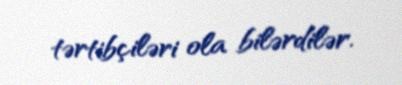
tərtibçiləri ola bilərdilər.